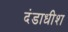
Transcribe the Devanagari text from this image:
दंडाधीश